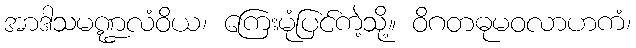
အာဒါသမဏ္ဍလံဝိယ၊ ကြေးမုံပြင်ကဲ့သို့။ ဝိဂတဓုမဝလာဟကံ၊